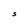
Character: S